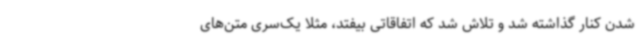
شدن کنار گذاشته شد و تلاش شد که اتفاقاتی بیفتد، مثلا یک‌سری متن‌های